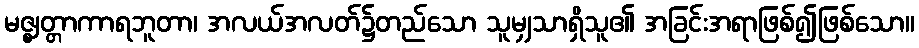
မဇ္ဈတ္တာကာရဘူတာ၊ အလယ်အလတ်၌တည်သော သူမျှသာရှိသူ၏ အခြင်းအရာဖြစ်၍ဖြစ်သော။